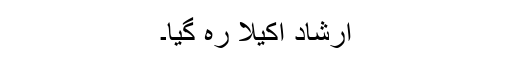
ارشاد اکیلا رہ گیا۔